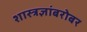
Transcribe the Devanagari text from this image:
शास्त्रज्ञांबरोबर